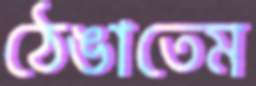
ঠেঙাতেম